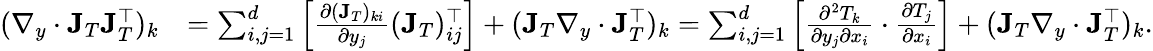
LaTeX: \begin{array}{rl}{(\nabla_{y}\cdot\mathbf{J}_{T}\mathbf{J}_{T}^{\top})_{k}}&{=\sum_{i,j=1}^{d}\left[\frac{\partial(\mathbf{J}_{T})_{ki}}{\partial y_{j}}(\mathbf{J}_{T})_{ij}^{\top}\right]+(\mathbf{J}_{T}\nabla_{y}\cdot\mathbf{J}_{T}^{\top})_{k}=\sum_{i,j=1}^{d}\left[\frac{\partial^{2}T_{k}}{\partial y_{j}\partial x_{i}}\cdot\frac{\partial T_{j}}{\partial x_{i}}\right]+(\mathbf{J}_{T}\nabla_{y}\cdot\mathbf{J}_{T}^{\top})_{k}.}\end{array}